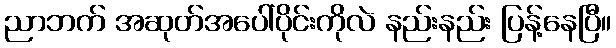
ညာဘက် အဆုတ်အပေါ်ပိုင်းကိုလဲ နည်းနည်း ပြန့်နေပြီ။